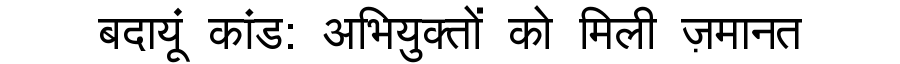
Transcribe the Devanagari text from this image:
बदायूं कांड: अभियुक्तों को मिली ज़मानत